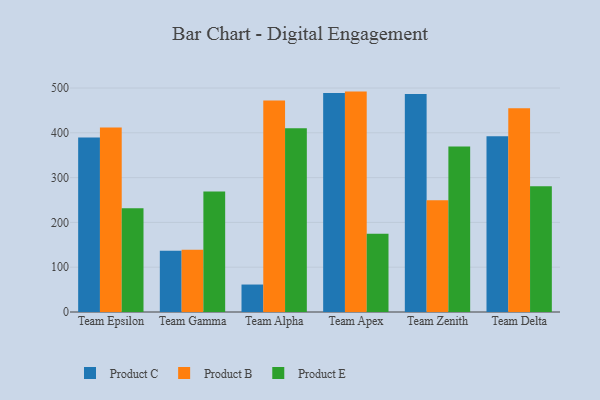
{"axis": {"x": "Team", "y": "Churn Rate (%)"}, "legend": ["Product B", "Product C", "Product E"], "data": [{"x": "Team Epsilon", "y": 389.4, "type": "Product C"}, {"x": "Team Epsilon", "y": 411.7, "type": "Product B"}, {"x": "Team Epsilon", "y": 231.4, "type": "Product E"}, {"x": "Team Gamma", "y": 137.0, "type": "Product C"}, {"x": "Team Gamma", "y": 139.2, "type": "Product B"}, {"x": "Team Gamma", "y": 268.9, "type": "Product E"}, {"x": "Team Alpha", "y": 61.3, "type": "Product C"}, {"x": "Team Alpha", "y": 472.1, "type": "Product B"}, {"x": "Team Alpha", "y": 410.0, "type": "Product E"}, {"x": "Team Apex", "y": 488.8, "type": "Product C"}, {"x": "Team Apex", "y": 492.0, "type": "Product B"}, {"x": "Team Apex", "y": 174.9, "type": "Product E"}, {"x": "Team Zenith", "y": 486.7, "type": "Product C"}, {"x": "Team Zenith", "y": 249.5, "type": "Product B"}, {"x": "Team Zenith", "y": 369.7, "type": "Product E"}, {"x": "Team Delta", "y": 392.4, "type": "Product C"}, {"x": "Team Delta", "y": 455.0, "type": "Product B"}, {"x": "Team Delta", "y": 280.9, "type": "Product E"}]}